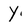
Character: Y